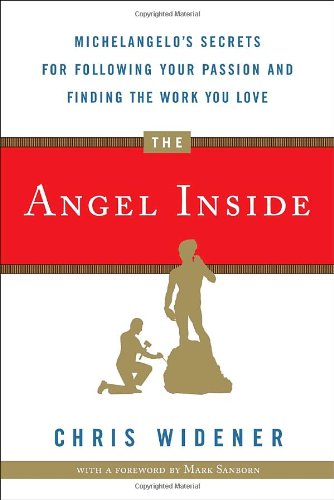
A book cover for The Angel Inside: Michelangelo's Secrets For Following Your Passion and Finding the Work You Love; Chris Widener; Education & Teaching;